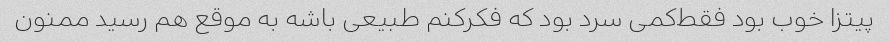
پیتزا خوب بود فقط‌کمی سرد بود که فکرکنم طبیعی باشه به موقع هم رسید ممنون